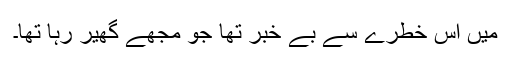
میں اس خطرے سے بے خبر تھا جو مجھے گھیر رہا تھا۔